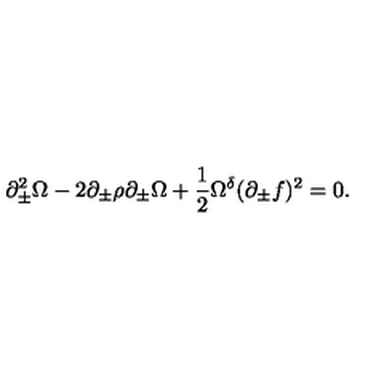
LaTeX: \partial _ { \pm } ^ { 2 } \Omega - 2 \partial _ { \pm } \rho \partial _ { \pm } \Omega + \frac { 1 } { 2 } \Omega ^ { \delta } ( \partial _ { \pm } f ) ^ { 2 } = 0 .